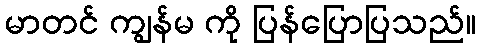
မာတင် ကျွန်မ ကို ပြန်ပြောပြသည်။